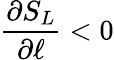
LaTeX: \frac{\partial S_{L}}{\partial\ell}<0